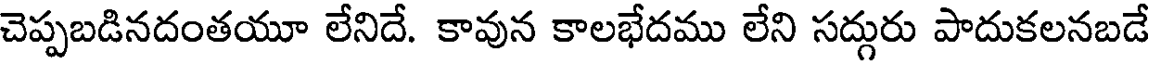
చెప్పబడినదంతయూ లేనిదే. కావున కాలభేదము లేని సద్గురు పాదుకలనబడే